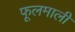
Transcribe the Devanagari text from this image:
फूलमाली